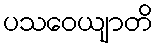
ပသဝေယျာတိ